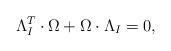
LaTeX: \begin{align*}\Lambda_{I}^{T}\cdot\Omega +\Omega \cdot \Lambda_{I}=0,\end{align*}